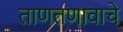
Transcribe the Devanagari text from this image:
ताणतणावाचे